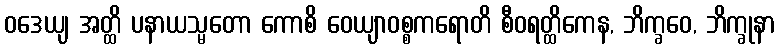
ဝဒေယျ အတ္ထိ ပနာယသ္မတော ကောစိ ဝေယျာဝစ္စကရောတိ စီဝရတ္ထိကေန, ဘိက္ခဝေ, ဘိက္ခုနာ